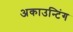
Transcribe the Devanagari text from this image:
अकाउन्टिंग